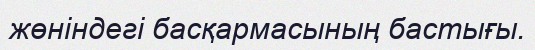
жөніндегі басқармасының бастығы.